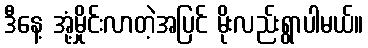
ဒီနေ့ အုံ့မှိုင်းလာတဲ့အပြင် မိုးလည်းရွာပါမယ်။